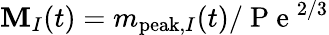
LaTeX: \mathbf{M}_{I}(t)=m_{\mathrm{{peak}},I}(t)/\mathrm{{~P~e~}}^{2/3}